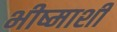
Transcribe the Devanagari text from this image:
भीष्माशी